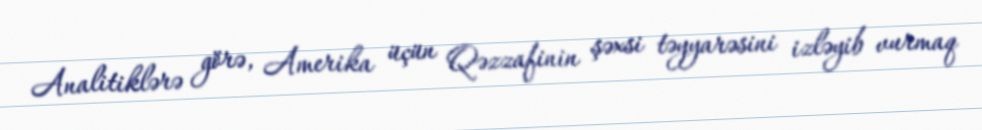
Analitiklərə görə, Amerika üçün Qəzzafinin şəxsi təyyarəsini izləyib vurmaq